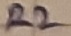
Text: R2